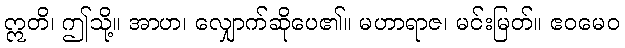
ဣတိ၊ ဤသို့။ အာဟ၊ လျှောက်ဆိုပေ၏။ မဟာရာဇ၊ မင်းမြတ်။ ဧဝမေဝ